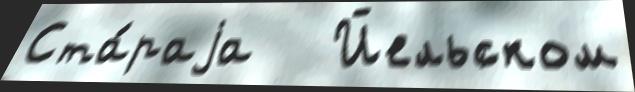
Ста́раjа   Йельском